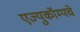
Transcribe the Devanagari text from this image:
एज्युकॉम्पचे